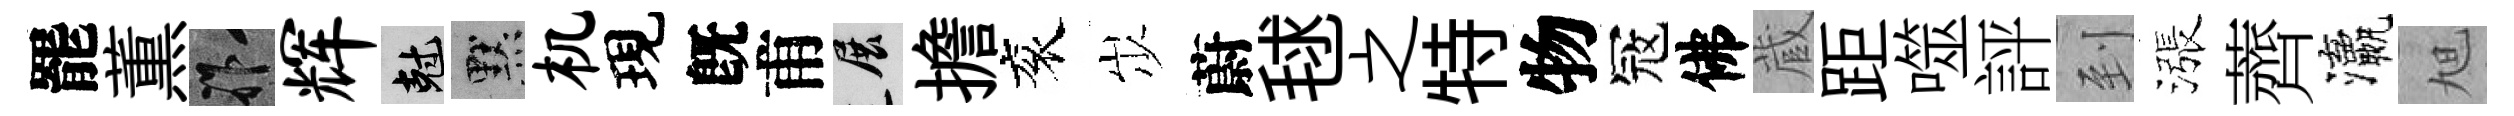
罷薫祚辉剋默机現旣甫展擔衮𡵯蔚毬之特物冦佛蔵距噬評到漲薺瀛旭